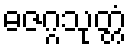
ဓဇဂ္ဂသုတ္တံ